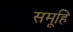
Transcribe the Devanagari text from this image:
समूहि